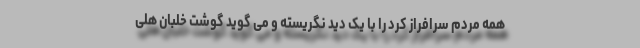
همه مردم سرافراز کُرد را با یک دید نگریسته و می گوید گوشت خلبان هلی